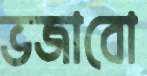
ভজাবো